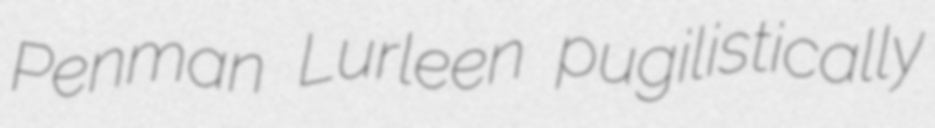
Penman Lurleen pugilistically